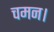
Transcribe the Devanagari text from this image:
चमन।